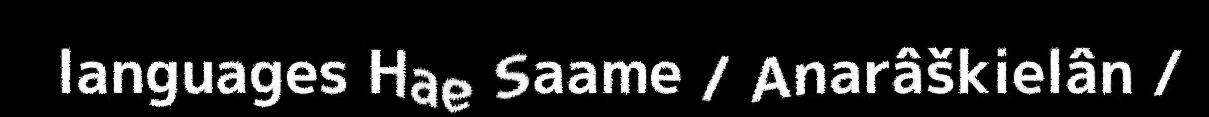
languages Hae Saame / Anarâškielân /